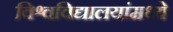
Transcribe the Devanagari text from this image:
विश्वविद्यालयांमध्ये